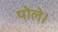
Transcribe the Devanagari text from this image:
पोले।